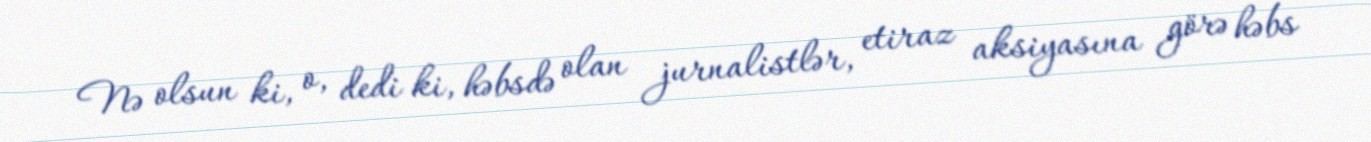
Nə olsun ki, o, dedi ki, həbsdə olan jurnalistlər, etiraz aksiyasına görə həbs